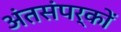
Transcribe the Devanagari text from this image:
अंतसंपर्कों